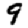
Digit: 9